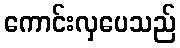
ကောင်းလှပေသည်